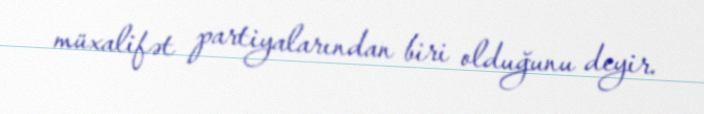
müxalifət partiyalarından biri olduğunu deyir.